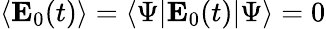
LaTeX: \langle\mathbf{E}_{0}(t)\rangle=\langle\Psi|\mathbf{E}_{0}(t)|\Psi\rangle=0